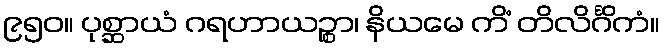
၉၅၀။ ပုစ္ဆာယံ ဂရဟာယဉ္စာ၊ နိယမေ ကိံ တိလိင်္ဂိကံ။